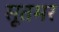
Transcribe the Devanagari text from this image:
सूतभर